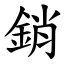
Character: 銷